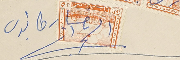
نصار طانيوس السمراني